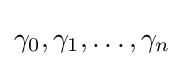
\gamma _{0},\gamma _{1},\dotsc ,\gamma _{n}